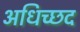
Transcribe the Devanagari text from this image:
अधिच्छद